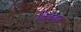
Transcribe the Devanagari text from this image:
ढिवैया